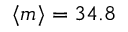
\langle { m } \rangle = 3 4 . 8